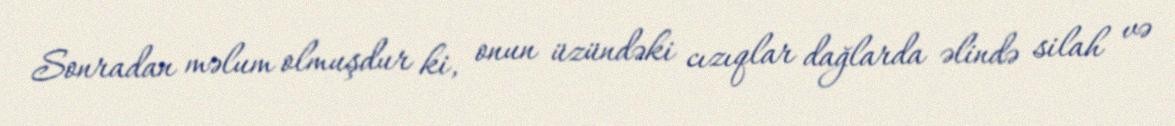
Sonradan məlum olmuşdur ki, onun üzündəki cızıqlar dağlarda əlində silah və